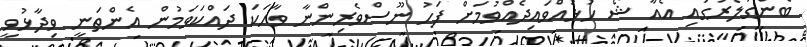
ބެންގަލޯރުގައި އެއާ ޝޯ ހުޅުއްވައިދެއްވުމަށް ފަހު ނޫސްވެރިންނާ ވާހަކަ ދައްކަވަމުން އެންތަނީ ވިދާޅުވީ